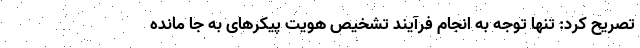
تصریح کرد: تنها توجه به انجام فرآيند تشخيص هويت پيكرهای به جا مانده